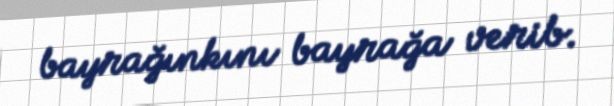
bayrağınkını bayrağa verib.